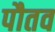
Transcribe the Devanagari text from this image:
पौतव